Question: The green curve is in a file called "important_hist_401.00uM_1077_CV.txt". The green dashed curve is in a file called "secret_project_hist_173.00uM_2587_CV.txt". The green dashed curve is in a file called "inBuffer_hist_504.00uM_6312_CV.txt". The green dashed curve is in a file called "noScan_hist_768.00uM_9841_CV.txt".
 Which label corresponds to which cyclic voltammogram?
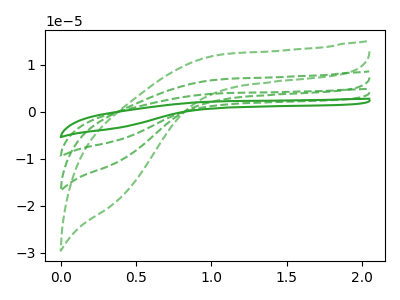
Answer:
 <answer>The green curve is labeled "hist 401.00uM". The green dashed curve is labeled "hist 173.00uM". The green dashed curve is labeled "hist 504.00uM". The green dashed curve is labeled "hist 768.00uM".</answer>
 <eval></eval>